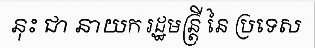
នុះ ជា នាយក រដ្ឋមន្ត្រី នៃ ប្រទេស